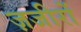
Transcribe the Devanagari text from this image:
ज़जीरों